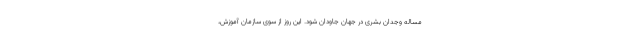
مساله وجدان بشری در جهان جاودان شود. این روز از سوی سازمان آموزش،